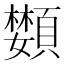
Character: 𩔵